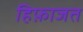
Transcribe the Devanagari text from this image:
हिफ़ाजत